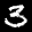
Label: 3